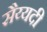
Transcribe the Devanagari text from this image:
सैय्यदी